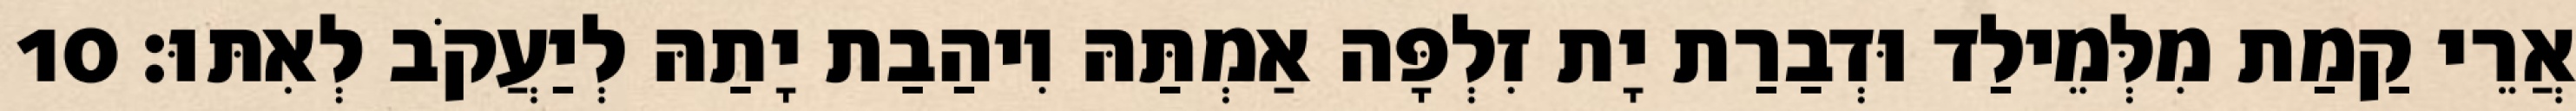
אֲרֵי קַמַת מִלְּמֵילַד וּדְבַרַת יָת זִלְפָּה אַמְתַּהּ וִיהַבַת יָתַהּ לְיַעֲקֹב לְאִתּוּ׃ 10